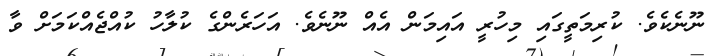
ނޫނެކެވެ. ކުރިމަތީގައި މިހުރީ އައިމަން އެއް ނޫނެވެ. އަހަރެންގެ ކުލާހު ކުއްޖެއްކަމަށް ވާ